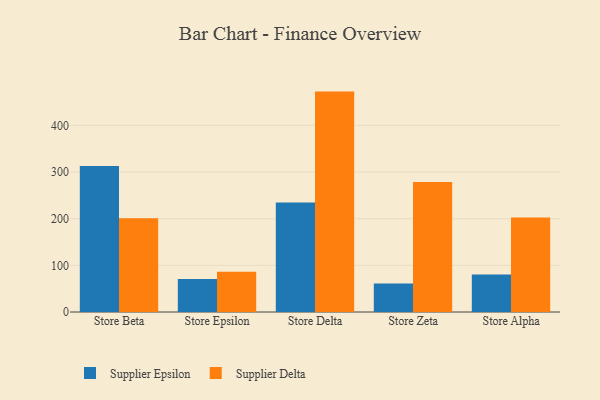
{"axis": {"x": "Store", "y": "Energy Usage (MWh)"}, "legend": ["Supplier Delta", "Supplier Epsilon"], "data": [{"x": "Store Beta", "y": 313.1, "type": "Supplier Epsilon"}, {"x": "Store Beta", "y": 200.9, "type": "Supplier Delta"}, {"x": "Store Epsilon", "y": 70.6, "type": "Supplier Epsilon"}, {"x": "Store Epsilon", "y": 86.5, "type": "Supplier Delta"}, {"x": "Store Delta", "y": 234.7, "type": "Supplier Epsilon"}, {"x": "Store Delta", "y": 472.5, "type": "Supplier Delta"}, {"x": "Store Zeta", "y": 61.2, "type": "Supplier Epsilon"}, {"x": "Store Zeta", "y": 278.7, "type": "Supplier Delta"}, {"x": "Store Alpha", "y": 80.6, "type": "Supplier Epsilon"}, {"x": "Store Alpha", "y": 202.6, "type": "Supplier Delta"}]}